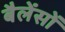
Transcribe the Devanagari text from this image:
बैलेंसों